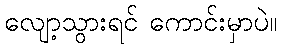
လျော့သွားရင် ကောင်းမှာပဲ။